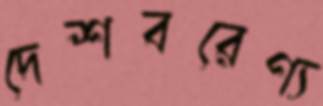
দেশবরেণ্য